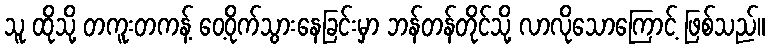
သူ ထိုသို့ တကူးတကန့် ဝေ့ဝိုက်သွားနေခြင်းမှာ ဘန်တန်တိုင်သို့ လာလိုသောကြောင့် ဖြစ်သည်။